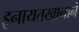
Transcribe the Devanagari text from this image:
इनायतखानाने